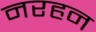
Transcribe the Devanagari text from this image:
नरहन